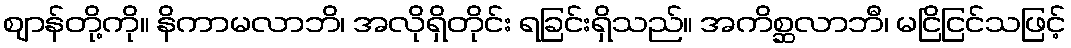
ဈာန်တို့ကို။ နိကာမလာဘိ၊ အလိုရှိတိုင်း ရခြင်းရှိသည်။ အကိစ္ဆလာဘီ၊ မငြိငြင်သဖြင့်